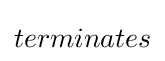
terminates